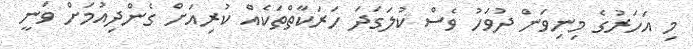
މި އަހަރުގެ މިނިވަން ދުވަހު ވެސް ކުލަގަދަ ހަރަކާތްތަކެއް ކުރިއަށް ގެންދިއުމަށް ވަނީ